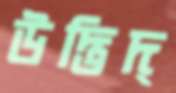
উদ্ভিদ্‌